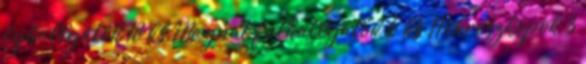
fejhallgatók 18 ks Magnat fülhallgatók 6 ks Mikroszkópok 3